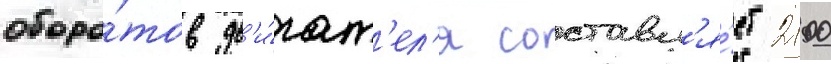
оборо́тов дв'и́гат'ел'я составл'я́ет 2100